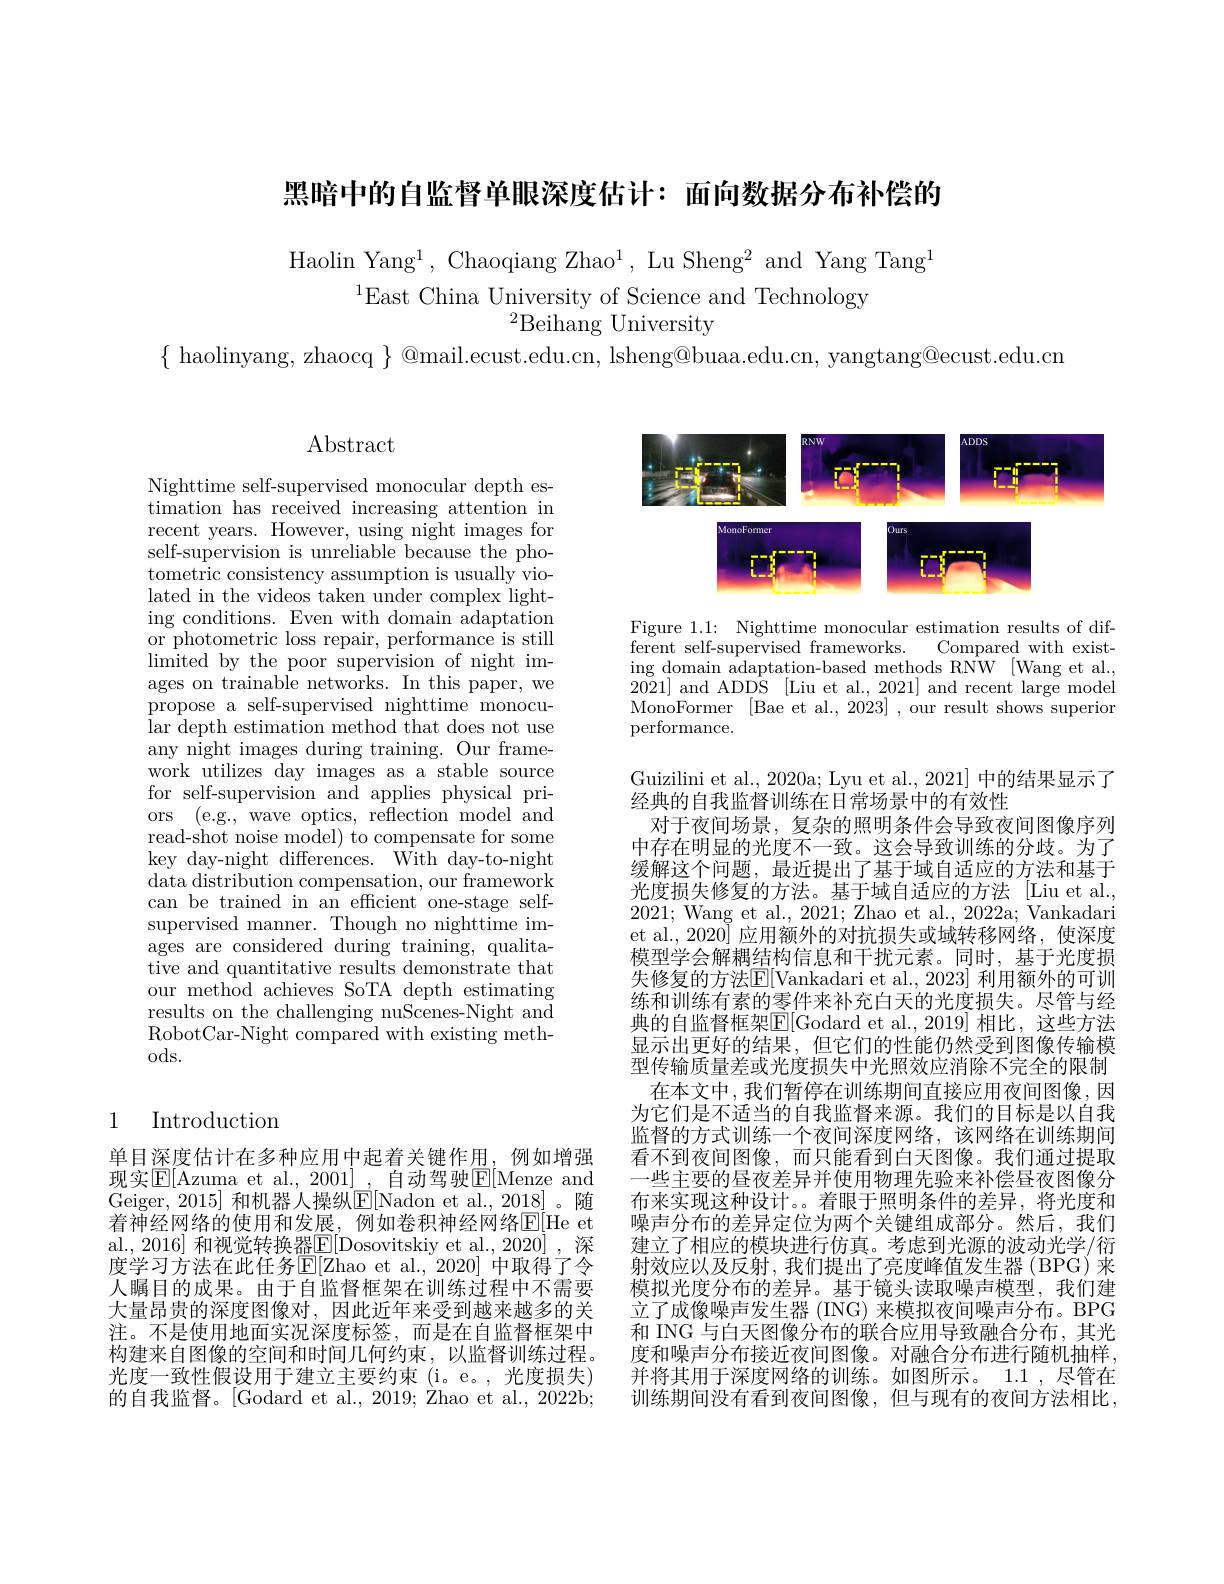
黑暗中的自监督单眼深度估计：面向数据分布补偿的

Haolin Yang$^1$, Chaoqiang Zhao$^1$, Lu Sheng$^2$ and Yang Tang$^1$
$^{1}$East China University of Science and Technology
$^{2}$Beihang University

$\{$ haolinyang, zhaocq $\}$ @mail.ecust.edu.cn, lsheng@buaa.edu.cn, yangtang@ecust.edu.cn

Abstract

Nighttime self-supervised monocular depth es- ${\mathrm{timation~has~received~increasing~attention~in}}$ recent years. However, using night images for self-supervision is unreliable because the photometric consistency assumption is usually violated in the videos taken under complex lighting conditions. Even with domain adaptation or photometric loss repair, performance is still $limitedbythepoorsupervision~of~night~im-$ ages on trainable networks. In this paper, we propose a self-supervised nighttime monocular depth estimation method that does not use any night images during training. Our framework utilizes day images as a stable source for self-supervision and applies physical priors ( e. g. , wave optics, reflection model and read-shot noise model) to compensate for some key day-night differences. With day-to-night data distribution compensation, our framework can be trained in an efficient one-stage selfsupervised manner. Though no nighttime images are considered during training, qualitative and quantitative results demonstrate that our method achieves SoTA depth estimating results on the challenging nuScenes-Night and RobotCar-Night compared with existing methods.

## 1 Introduction

单目深度估计在多种应用中起着关键作用，例如增强现实$\overline{\mathrm{E}}[$Azuma et al., 2001]\_, 自动驾驶$\underline{\mathrm{E}}[$Menze and Geiger, 2015] 和机器人操纵$\mathbb{E}[$Nadon et al., 2018]。随着神经网络的使用和发展，例如卷积神经网络$\underline{\mathbb{E}[\mathrm{He~et}]}$ al., 2016] 和视觉转换器$\underline{\mathrm{E}}[$Dosovitskiy et al., 2020] , 深度学习方法在此任务$\operatorname{E}[$Zhao et al.,2020] 中取得了令人瞩目的成果。由于自监督框架在训练过程中不需要大量昂贵的深度图像对，因此近年来受到越来越多的关注。不是使用地面实况深度标签，而是在自监督框架中构建来自图像的空间和时间几何约束，以监督训练过程。光度一致性假设用于建立主要约束 (i。e。,光度损失) 的自我监督。[Godard et al., 2019; Zhao et al., 2022b;

<FigureHere>

Figure 1.1: Nighttime monocular estimation results of different self-supervised frameworks. Compared with existing domain adaptation-based methods RNW [Wang et al. $\bar{2021}]$ and ADDS [Liu et al., 2021] and recent large model MonoFormer [Bae et al., 2023] , our result shows superior performance.

Guizilini et al., 2020a; Lyu et al., 2021] 中的结果显示了
经典的自我监督训练在日常场景中的有效性
对于夜间场景，复杂的照明条件会导致夜间图像序列中存在明显的光度不一致。这会导致训练的分歧。为了缓解这个问题，最近提出了基于域自适应的方法和基于光度损失修复的方法。基于域自适应的方法[Liu et al., 2021; Wang et al., 2021; Zhao et al., 2022a; Vankadari et al., 2020] 应用额外的对抗损失或域转移网络，使深度模型学会解耦结构信息和干扰元素。同时，基于光度损失修复的方法E[ Vankadari et al., 2023] 利用额外的可训练和训练有素的零件来补充白天的光度损失。尽管与经典的自监督框架E[ Godard et al. , 2019] 相比，这些方法显示出更好的结果，但它们的性能仍然受到图像传输模型传输质量差或光度损失中光照效应消除不完全的限制
在本文中，我们暂停在训练期间直接应用夜间图像，因为它们是不适当的自我监督来源。我们的目标是以自我监督的方式训练一个夜间深度网络，该网络在训练期间看不到夜间图像，而只能看到白天图像。我们通过提取一些主要的昼夜差异并使用物理先验来补偿昼夜图像分布来实现这种设计。。着眼于照明条件的差异，将光度和噪声分布的差异定位为两个关键组成部分。然后，我们建立了相应的模块进行仿真。考虑到光源的波动光学/衍射效应以及反射，我们提出了亮度峰值发生器(BPG)来模拟光度分布的差异。基于镜头读取噪声模型，我们建立了成像噪声发生器 (ING) 来模拟夜间噪声分布。BPG 和 ING 与白天图像分布的联合应用导致融合分布，其光度和噪声分布接近夜间图像。对融合分布进行随机抽样， 并将其用于深度网络的训练。如图所示。1.1,尽管在训练期间没有看到夜间图像，但与现有的夜间方法相比，